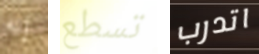
إنه تسطع اتدرب